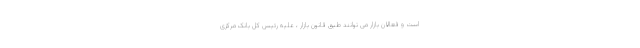
است و فعالان بازار می توانند طبق قانون بازار ، علیه رئیس کل بانک مرکزی